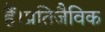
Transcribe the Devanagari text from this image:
हैं।प्रतिजैविक